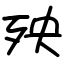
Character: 殃